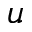
u